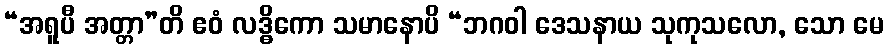
“အရူပီ အတ္တာ”တိ ဧဝံ လဒ္ဓိကော သမာနောပိ “ဘဂဝါ ဒေသနာယ သုကုသလော, သော မေ